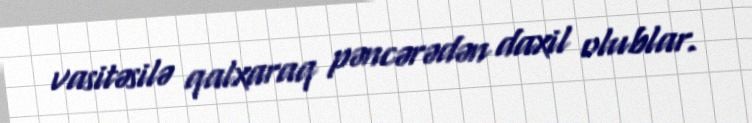
vasitəsilə qalxaraq pəncərədən daxil olublar.